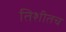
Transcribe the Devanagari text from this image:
तिशीतच